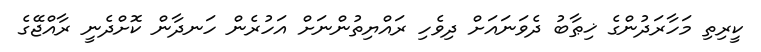
ކީރިތި މަހާރަދުންގެ ޚިޠާބު ދެވަނައަށް ދިވެހި ރައްޔިތުންނަށް އަހުރެން ހަނދާން ކޮށްދެނީ ރާއްޖޭގެ